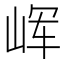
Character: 𰎝